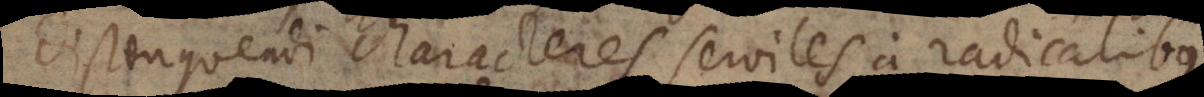
Distinguendi characteres serviles a radicalibus.